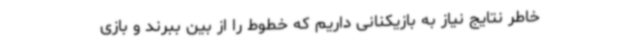
خاطر نتایج نیاز به بازیکنانی داریم که خطوط را از بین ببرند و بازی